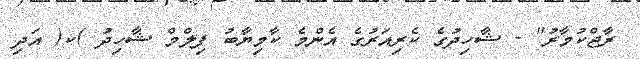
ރާޖްކުމާރު" - ޝާހިދުގެ ކެރިއަރުގެ އެންމެ ކާމިޔާބު ފިލްމް ޝާހިދު )ކ( އަދި